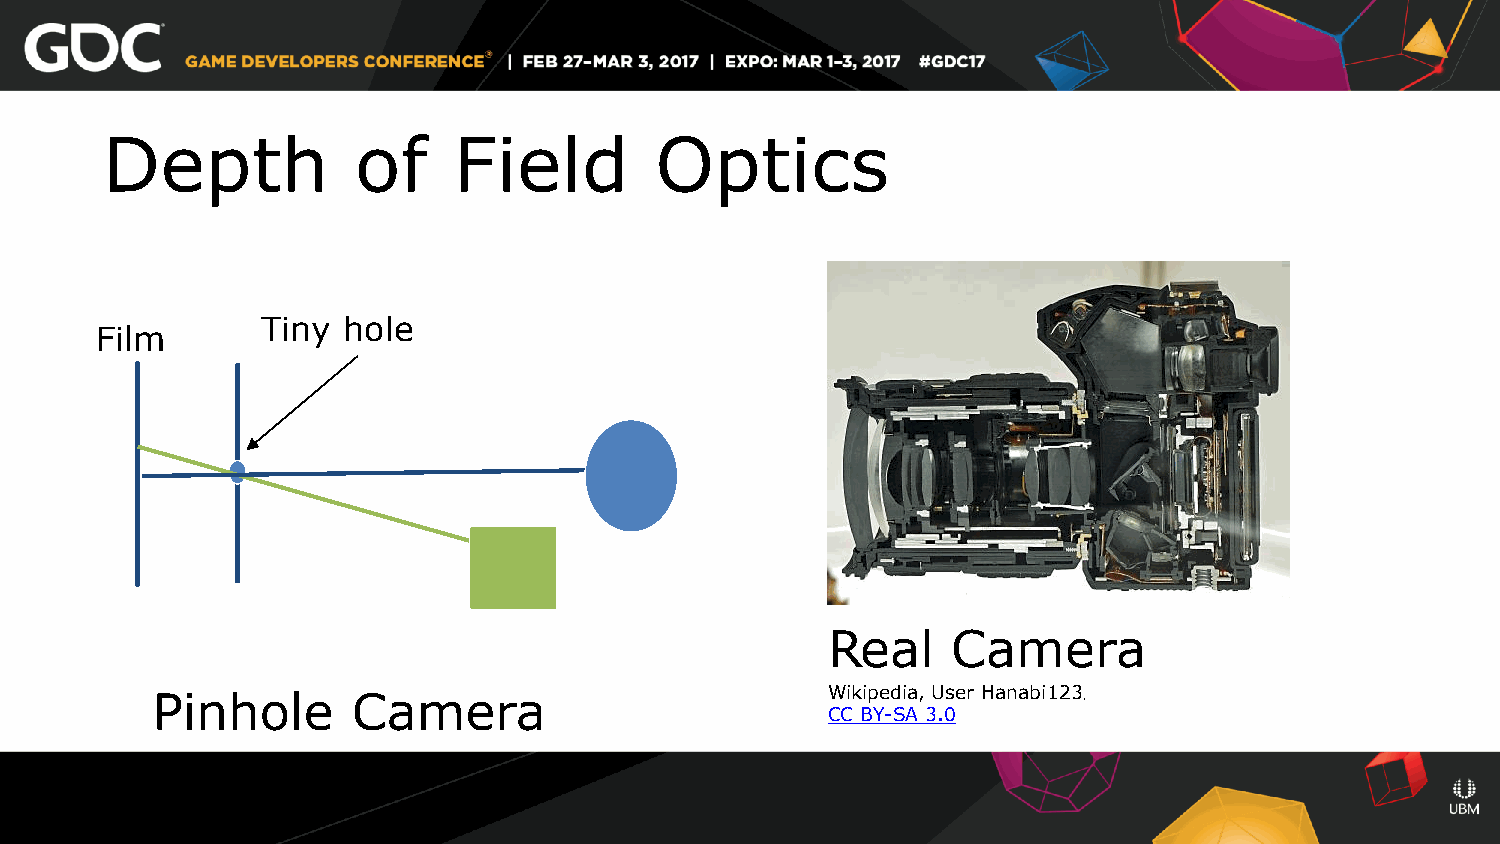
Depth            of    Field        Optics
 Tiny  hole
 Film
 Real    Camera
 Wikipedia, User Hanabi123
 Pinhole      Camera                                           ,
 CC BY-SA 3.0